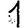
Digit: 1